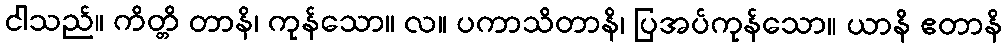
ငါသည်။ ကိတ္တိ တာနိ၊ ကုန်သော။ လ။ ပကာသိတာနိ၊ ပြအပ်ကုန်သော။ ယာနိ ဧတာနိ